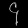
Digit: ၄